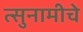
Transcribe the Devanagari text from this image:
त्सुनामीचे